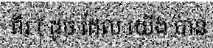
ពីរ ( ដូច ដែល យើង បាន